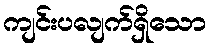
ကျင်းပလျက်ရှိသော